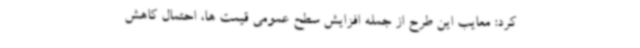
کرد: معایب این طرح از جمله افزایش سطح عمومی قیمت ها، احتمال کاهش